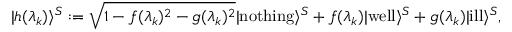
| h ( \lambda _ { k } ) \rangle ^ { S } : = { \sqrt { 1 - f ( \lambda _ { k } ) ^ { 2 } - g ( \lambda _ { k } ) ^ { 2 } } } | \mathrm { n o t h i n g } \rangle ^ { S } + f ( \lambda _ { k } ) | \mathrm { w e l l } \rangle ^ { S } + g ( \lambda _ { k } ) | \mathrm { i l l } \rangle ^ { S } ,